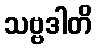
သဗ္ဗဒါတိ